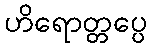
ဟိရောတ္တပ္ပေ